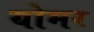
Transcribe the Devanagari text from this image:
योमर